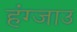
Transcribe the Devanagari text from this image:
हंग्जाउ